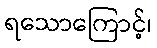
ရသောကြောင့်၊